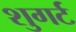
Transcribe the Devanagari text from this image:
शुगर्ट